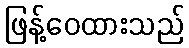
ဖြန့်ဝေထားသည်